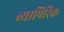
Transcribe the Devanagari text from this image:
व्यापिरिक